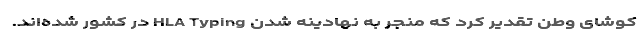
كوشای وطن تقدیر كرد كه منجر به نهادینه شدن HLA Typing در كشور شده‌اند.